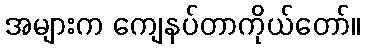
အများက ကျေနပ်တာကိုယ်တော်။